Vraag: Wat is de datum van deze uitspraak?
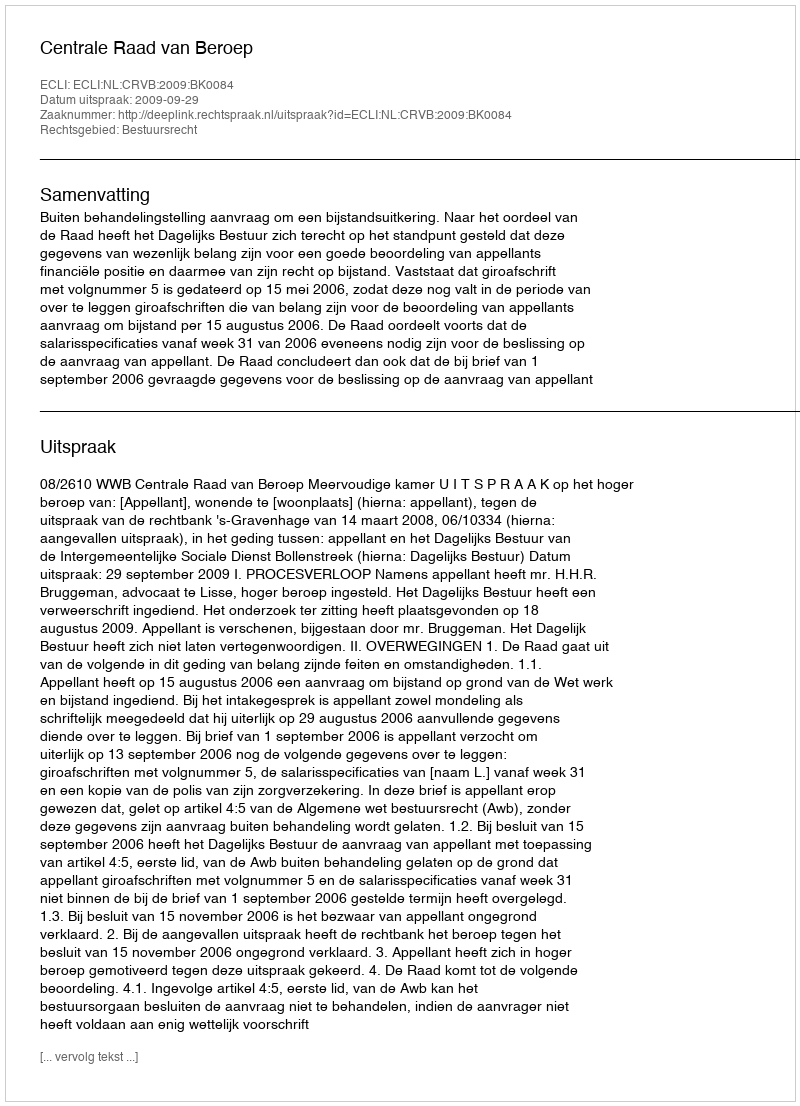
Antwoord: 2009-09-29